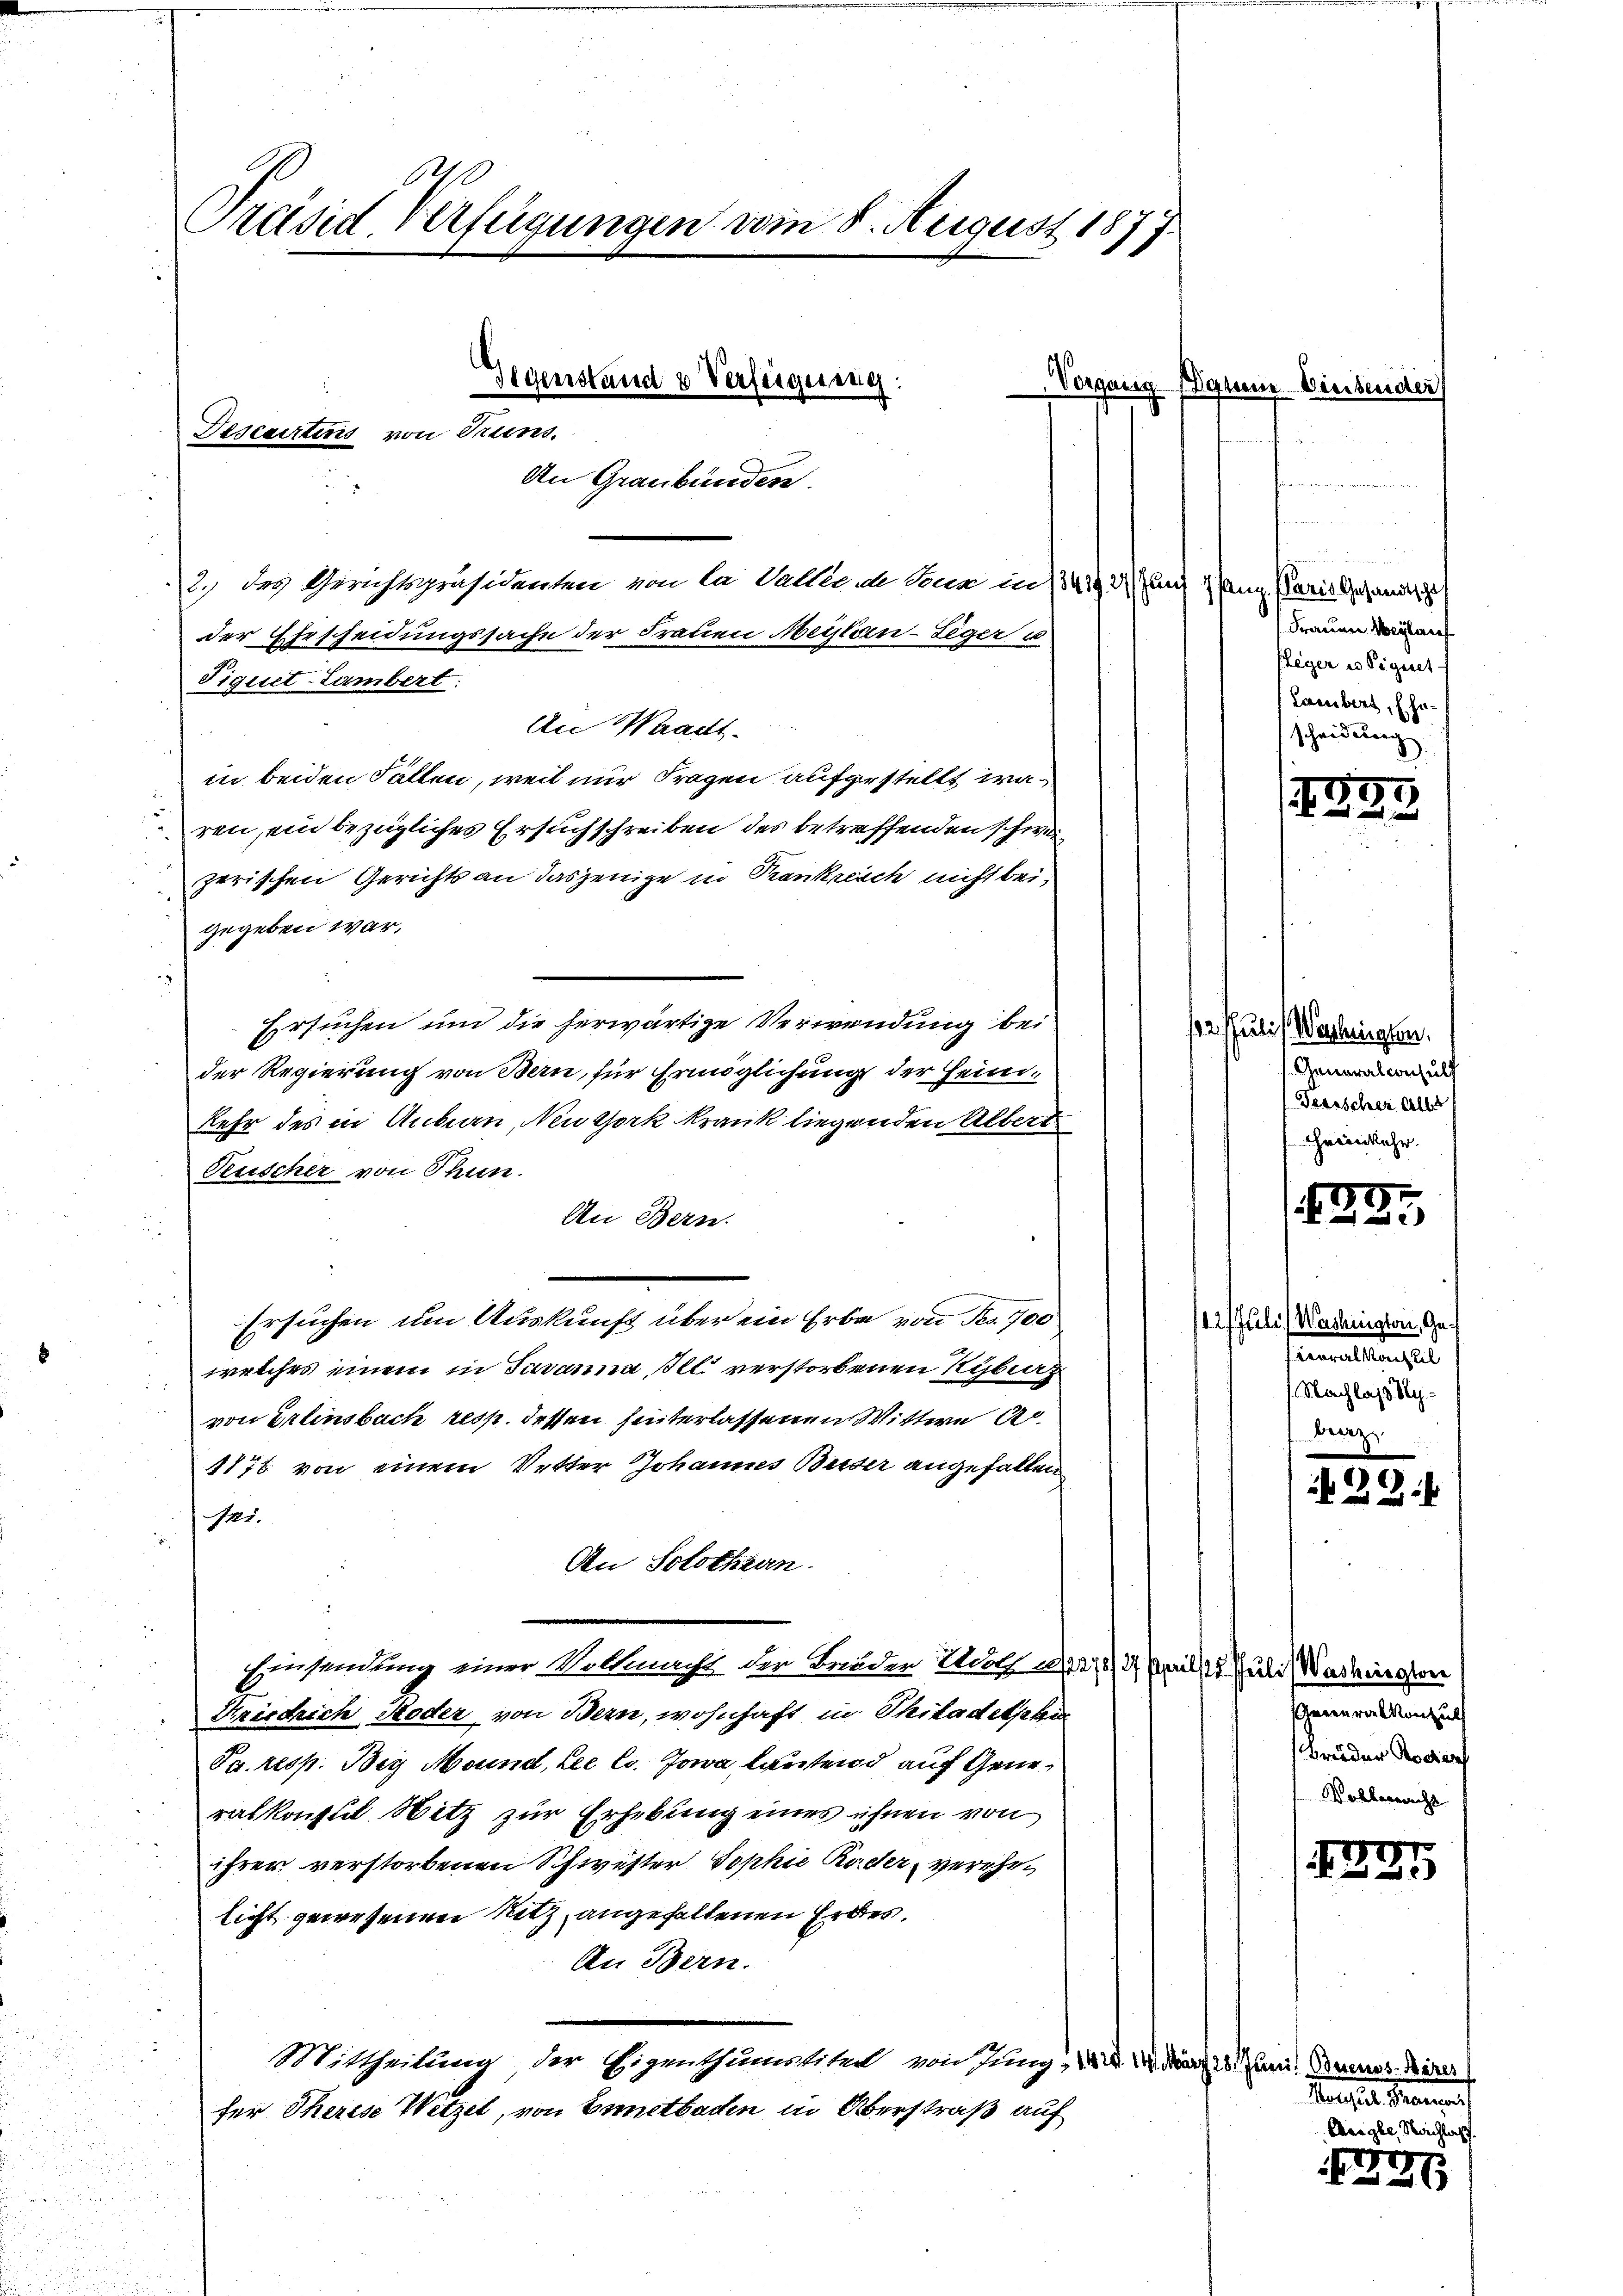
Präsid Verfügungen vom 8. August 1877.

Gegenstand u Verfügung:
Vorgang Igrun
Desecirtens von Truns.
An Graubünden.
2.) des Gerichtspräsidenten von la Galler de Senn in 1343, 2 und 1 Gang. Paris Gesandtsche
der Ehrscheidungssache der Frauen Meistern-Leger u
Fiquet-Lambert:
An Waadt
in beiden Fallen, weil nur Fragen aufgestellt waren, ein bezügliches Ersuchschreiben des betreffenden schweizerischen Gerichts an dasjenige in Trankreich nicht bei,

gegeben war,
Ersuchen um die herwärtige Verwendung beider Regierung von Bern, für Ermöglichung der Heimkehr des in Anbau, Neuthork krank liegenden Albert
Teuscher von Thun.
An Bern.
Ersuchen um Auskunft über ein Erbe von des 700
welches einem in Javanna Ill. verstorbenen yberz
von Erlinsbach resp. dessen hinterlassenen Wittwe An¬
1876 von einem Vetter Johannes Beiser angefallen
21.
An Solothurn.
Einsendung einer Vollmacht der Bruder Holz 1313/4 Aprilst, Juli (Washington
Friedrich Heder, von Bern, wohnhaft in Thitadetschen
Pa resp. Bey Mound, die l. Jowa lautend auf Generalkonsul Hitz zur Erhebung eines ihnen von
ihrer verstorbenen Schwester Sophie Räder, verehrt
licht gewesenen Sitz, angehaltenen Erdes,
An Bern.
Mittheilung der Eigenthumstitel von Jung, 1. d. 14. März 28. Junii, Bannes Miner
fer Therese Witzel, von Ennetbachen in Überstraß auf

Wier

r
Frauen Weglauf
fleger es Signet
Lambers, Ehe
scheidung.

183.

12. Juli) Washingen.
 Generalconsult
Tesischer alle
Heimkehr.

227.

/12. Juli) Washington, Gesenmattengel
.Nachlass Sy-

33

.

Gewere Monath
Brüder Bodenf
Dollaricht

125

Marseit seinen

Aregle, Nachla
.
29